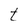
Character: t